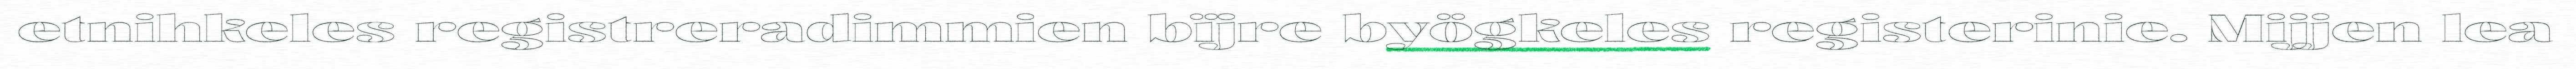
etnihkeles registreradimmien bïjre byögkeles registerinie. Mijjen lea